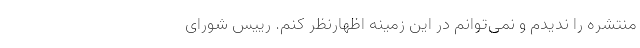
منتشره را ندیدم و نمی‌توانم در این زمینه اظهارنظر کنم. رییس شورای